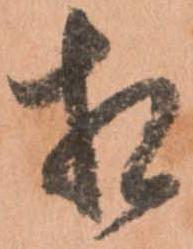
相